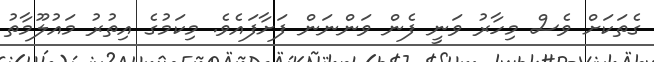
ގެތަކަށް ވެސް މިހާރު ވަނީ ފެން ވަންނަން ފަށާފައެވެ. މިކަމުގެ އިތުރު މައުލޫމާތު